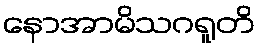
နောအာမိသဂရူတိ